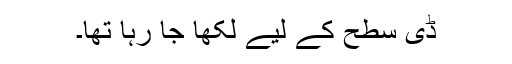
ڈی سطح کے لیے لکھا جا رہا تھا۔